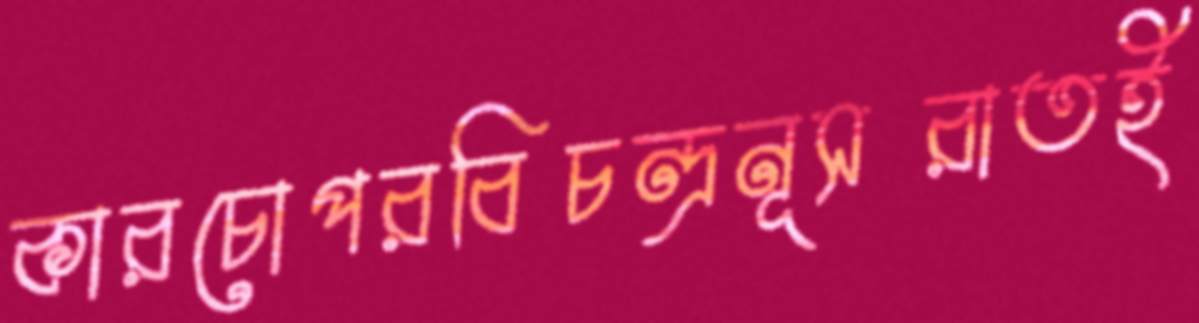
কারচোপরবিচন্দ্রনূসরাতই